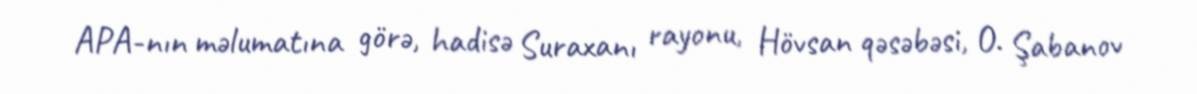
APA-nın məlumatına görə, hadisə Suraxanı rayonu, Hövsan qəsəbəsi, O. Şabanov